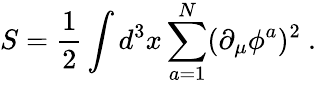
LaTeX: S={\frac{1}{2}}\int d^{3}x\sum_{a=1}^{N}(\partial_{\mu}\phi^{a})^{2}\ .